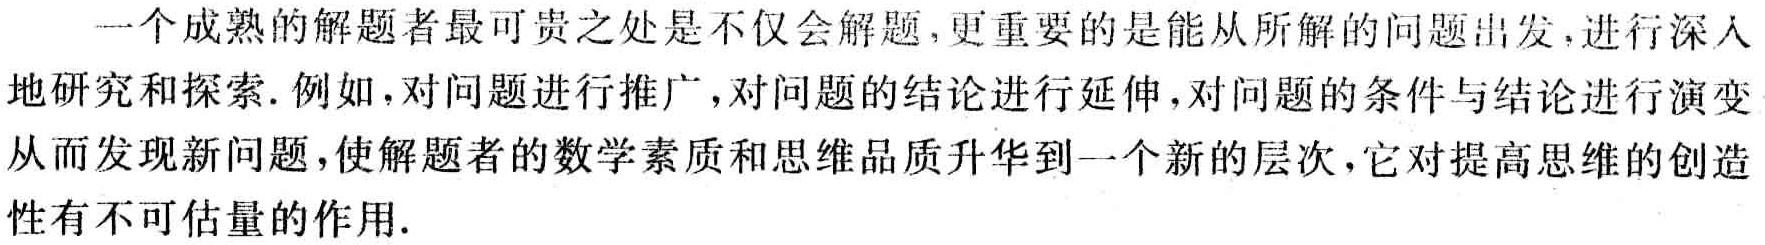
一个成熟的解题者最可贵之处是不仅会解题,更重要的是能从所解的问题出发,进行深入地研究和探索.例如,对问题进行推广,对问题的结论进行延伸,对问题的条件与结论进行演变从而发现新问题,使解题者的数学素质和思维品质升华到一个新的层次,它对提高思维的创造性有不可估量的作用.